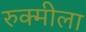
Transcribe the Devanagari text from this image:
रुक्मीला